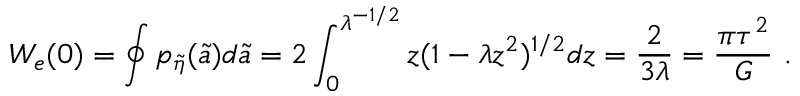
W _ { e } ( 0 ) = \oint p _ { \tilde { \eta } } ( \tilde { a } ) d \tilde { a } = 2 \int _ { 0 } ^ { \lambda ^ { - 1 / 2 } } z ( 1 - \lambda z ^ { 2 } ) ^ { 1 / 2 } d z = { \frac { 2 } { 3 \lambda } } = { \frac { \pi \tau ^ { 2 } } { G } } \ .